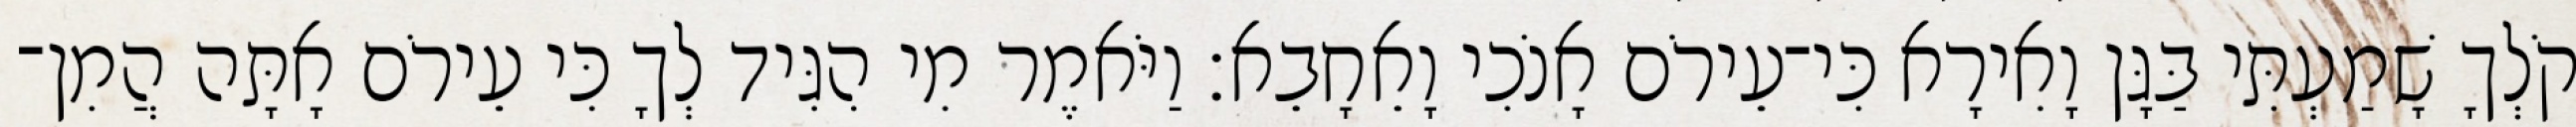
קֹלְךָ שָׁמַעְתִּי בַּגָּן וָאִירָא כִּי־עֵירֹם אָנֹכִי וָאֵחָבֵא׃ וַיֹּאמֶר מִי הִגִּיד לְךָ כִּי עֵירֹם אָתָּה הֲמִן־